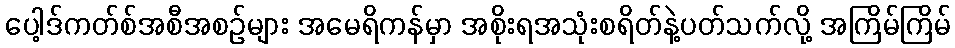
ပေါ့ဒ်ကတ်စ်အစီအစဉ်များ အမေရိကန်မှာ အစိုးရအသုံးစရိတ်နဲ့ပတ်သက်လို့ အကြိမ်ကြိမ်